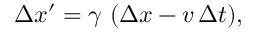
\Delta x ^ { \prime } = \gamma \ ( \Delta x - v \, \Delta t ) ,